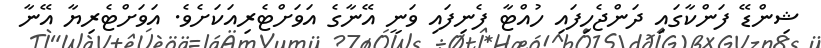
ޝިންޑޭ ފަންކާގައި ދަންޖެހިފައި ހުއްޓާ ފެނިފައި ވަނީ އޭނާގެ އަވަށްޓެރިއަކަށެވެ. އަވަށްޓެރިޔާ އޭނާ